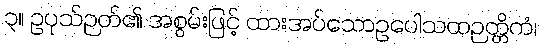
၃။ ဥပုသ်ဉတ်၏ အစွမ်းဖြင့် ထားအပ်သောဥပေါသထဉတ္တိကံ၊